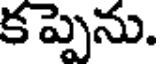
క ప్పెను.